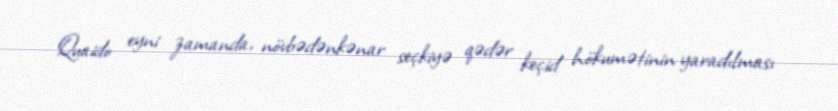
Quaido eyni zamanda, növbədənkənar seçkiyə qədər keçid hökumətinin yaradılması